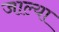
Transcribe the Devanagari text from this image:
जाल्या